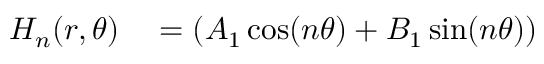
\begin{array} { r l } { H _ { n } ( r , \theta ) } & { { } = ( A _ { 1 } \cos ( n \theta ) + B _ { 1 } \sin ( n \theta ) ) } \end{array}